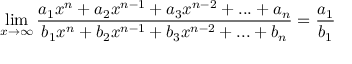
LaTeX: \operatorname* { l i m } _ { x \to \infty } { \frac { a _ { 1 } { x } ^ { n } + a _ { 2 } { x } ^ { n - 1 } + a _ { 3 } { x } ^ { n - 2 } + . . . + a _ { n } } { b _ { 1 } { x } ^ { n } + b _ { 2 } { x } ^ { n - 1 } + b _ { 3 } { x } ^ { n - 2 } + . . . + b _ { n } } } = { \frac { a _ { 1 } } { b _ { 1 } } }